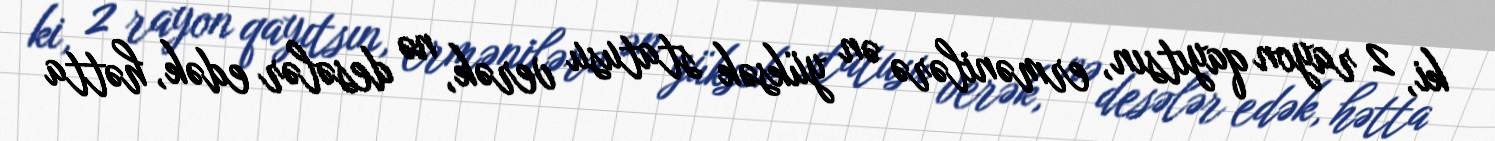
ki, 2 rayon qayıtsın, ermənilərə ən yüksək statusu verək, nə desələr edək, hətta